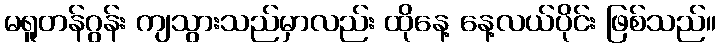
မရူတန်ဂွန်း ကျသွားသည်မှာလည်း ထိုနေ့ နေ့လယ်ပိုင်း ဖြစ်သည်။